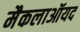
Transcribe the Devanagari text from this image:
मैकलाऑयद